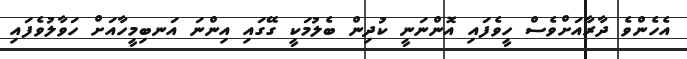
އެހެންވެ ދާރާއަށްވެސް ހީވެފައި އޮންނަނީ ކުދިން ބެލުމަކީ ގޭގައި އިންނަ އަނބިމީހާއަށް ހަވާލުވެފައި